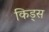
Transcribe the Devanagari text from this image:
किड्‍स